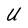
Character: U